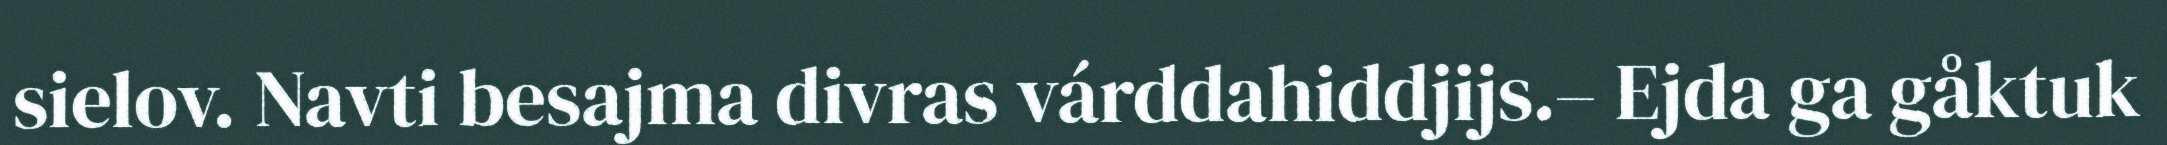
sielov. Navti besajma divras várddahiddjijs.– Ejda ga gåktuk